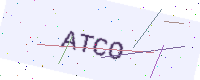
Text: ATCO